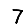
Digit: 7